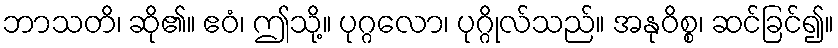
ဘာသတိ၊ ဆို၏။ ဧဝံ၊ ဤသို့။ ပုဂ္ဂလော၊ ပုဂ္ဂိုလ်သည်။ အနုဝိစ္စ၊ ဆင်ခြင်၍။